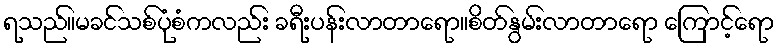
ရသည်။မခင်သစ်ပုံစံကလည်း ခရီးပန်းလာတာရော။စိတ်နွမ်းလာတာရော ကြောင့်ရော